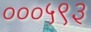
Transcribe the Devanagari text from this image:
०००५९३